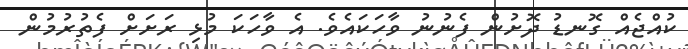
ކުއްޖެއް ގޮނޑު ދޮށުން ފެނުނު ވާހަކައެވެ. އެ ވާހަކަ މުޅި ރަށަށް ފެތުރުމުން